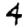
Digit: 4